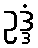
ဥဒ္ဒံ